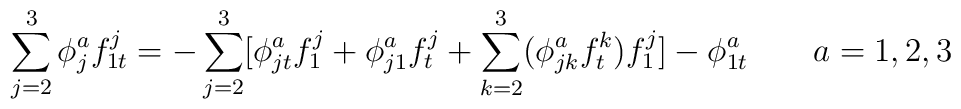
\sum_{j=2}^3\phi _j^af_{1t}^j=-\sum_{j=2}^3[\phi_{jt}^af_1^j+\phi _{j1}^af_t^j+\sum_{k=2}^3(\phi _{jk}^af_t^k)f_1^j]-\phi_{1t}^a\quad \quad a=1,2,3